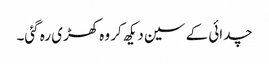
چدائی کے سین دیکھ کر وہ کھڑی رہ گئی۔